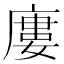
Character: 廔